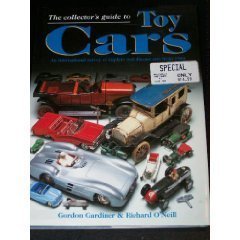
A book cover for The Collector's Guide to Toy Cars: An International Survey of Tinplate and Diecast Cars from 1990 by Gardiner, Gordon, O'Neill, Richard (1996) Hardcover; Gordon, O'Neill, Richard Gardiner; Crafts, Hobbies & Home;